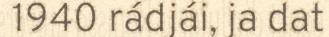
1940 rádjái, ja dat